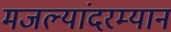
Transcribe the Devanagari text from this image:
मजल्यांदरम्यान